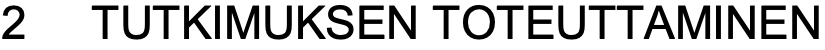
2  TUTKIMUKSEN TOTEUTTAMINEN